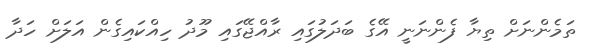
ތަމެންނަށް ތިޔާ ފެންނަނީ އޭގެ ބަދަލުގައި ރާއްޖޭގައި މޫދު ހިއްކައިގެން އަލަށް ހަދާ